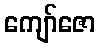
ကျော်ဇော